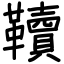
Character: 韇